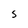
Character: S